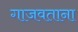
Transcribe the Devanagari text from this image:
गाजवताना